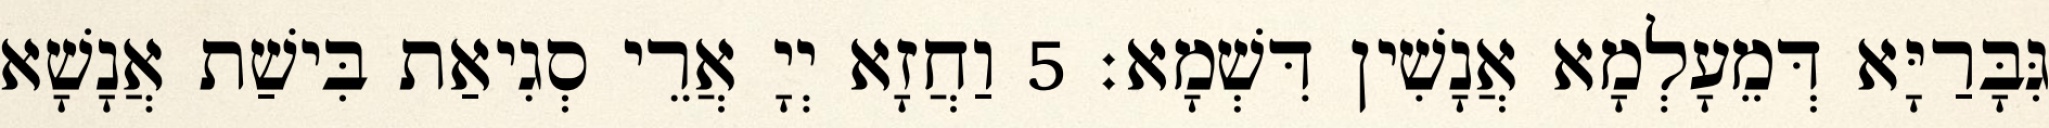
גִּבָּרַיָּא דְּמֵעָלְמָא אֲנָשִׁין דִּשְׁמָא׃ 5 וַחֲזָא יְיָ אֲרֵי סְגִיאַת בִּישַׁת אֲנָשָׁא